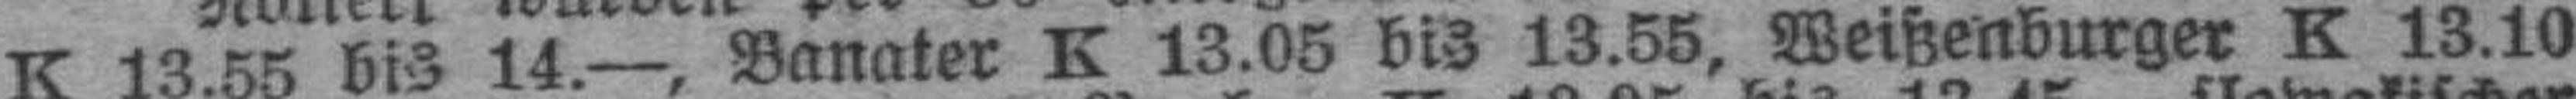
K 13.55 bis 14.—, Banater K 13.05 bis 13.55, Weißenburger K 13.10